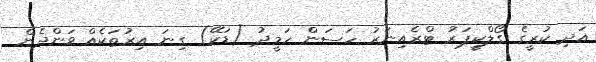
އަދި ކުރީގެ ގޯލްކީޕަރު ޓްރެއިނަރު ހަސަން ހަމީދު (ޑަކޭ) ގިނަ އިރުތަކެއް ވަންދެން